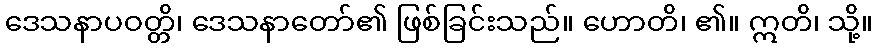
ဒေသနာပဝတ္တိ၊ ဒေသနာတော်၏ ဖြစ်ခြင်းသည်။ ဟောတိ၊ ၏။ ဣတိ၊ သို့။